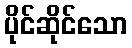
ပိုင်ဆိုင်သော